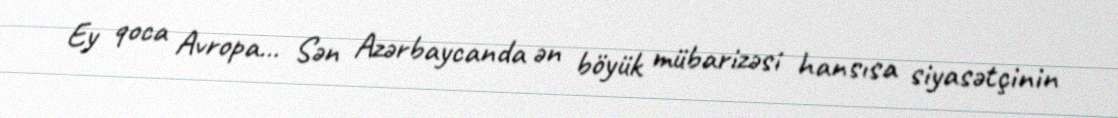
Ey qoca Avropa... Sən Azərbaycanda ən böyük mübarizəsi hansısa siyasətçinin